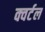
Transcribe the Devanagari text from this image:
क्वर्टल